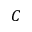
C